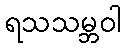
ရသသမ္ဘဝါ